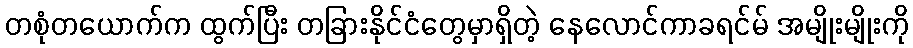
တစုံတယောက်က ထွက်ပြီး တခြားနိုင်ငံတွေမှာရှိတဲ့ နေလောင်ကာခရင်မ် အမျိုးမျိုးကို